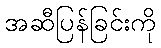
အဆီပြန်ခြင်းကို